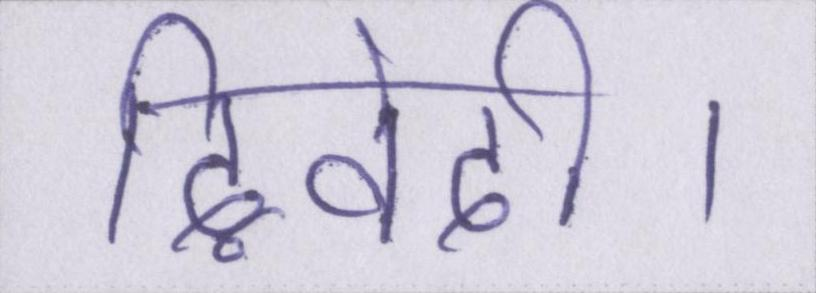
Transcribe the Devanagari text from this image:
द्विवेदी।